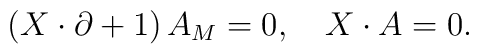
\left( X\cdot \partial +1\right) A_{M}=0,\quad X\cdot A=0.